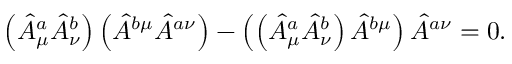
\left( \hat { A } _ { \mu } ^ { a } \hat { A } _ { \nu } ^ { b } \right) \left( \hat { A } ^ { b \mu } \hat { A } ^ { a \nu } \right) - \left( \left( \hat { A } _ { \mu } ^ { a } \hat { A } _ { \nu } ^ { b } \right) \hat { A } ^ { b \mu } \right) \hat { A } ^ { a \nu } = 0 .